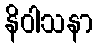
နိဝါသနာ